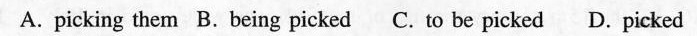
A.picking them B.being picked C. to be picked D.picked